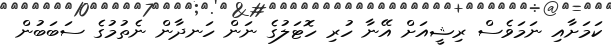
ކަމަށާއި ނަމަވެސް ރިޝީއަށް އޭނާ ހުރި ހޮޓަލުގެ ނަން ހަނދާން ނެތުމުގެ ސަބަބުން